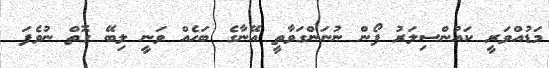
މަޑުއްވަރީ ކައުންސިލަރު ފޯން ނުނަންގަވާތީ އޭނާގެ ބަހެއް ވަނީ ލިބޭ ގޮތް ނުވެފަ